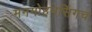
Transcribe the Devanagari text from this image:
मनमोहनसिंगच